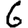
Digit: 6